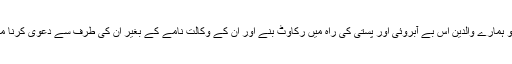
کچھ بھی ہو ہمارے والدین اس بے آبروئی اور پستی کی راہ میں رکاوٹ بنے اور ان کے وکالت نامے کے بغیر ان کی طرف سے دعویٰ کرنا ممکن نہیں ۔